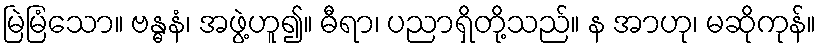
မြဲမြံသော။ ဗန္ဓနံ၊ အဖွဲ့ဟူ၍။ ဓီရာ၊ ပညာရှိတို့သည်။ န အာဟု၊ မဆိုကုန်။